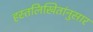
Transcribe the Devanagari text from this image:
हस्तलिखितांनुसार